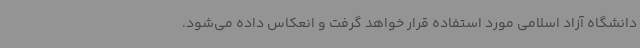
دانشگاه آزاد اسلامی مورد استفاده قرار خواهد گرفت و انعکاس داده می‌شود.